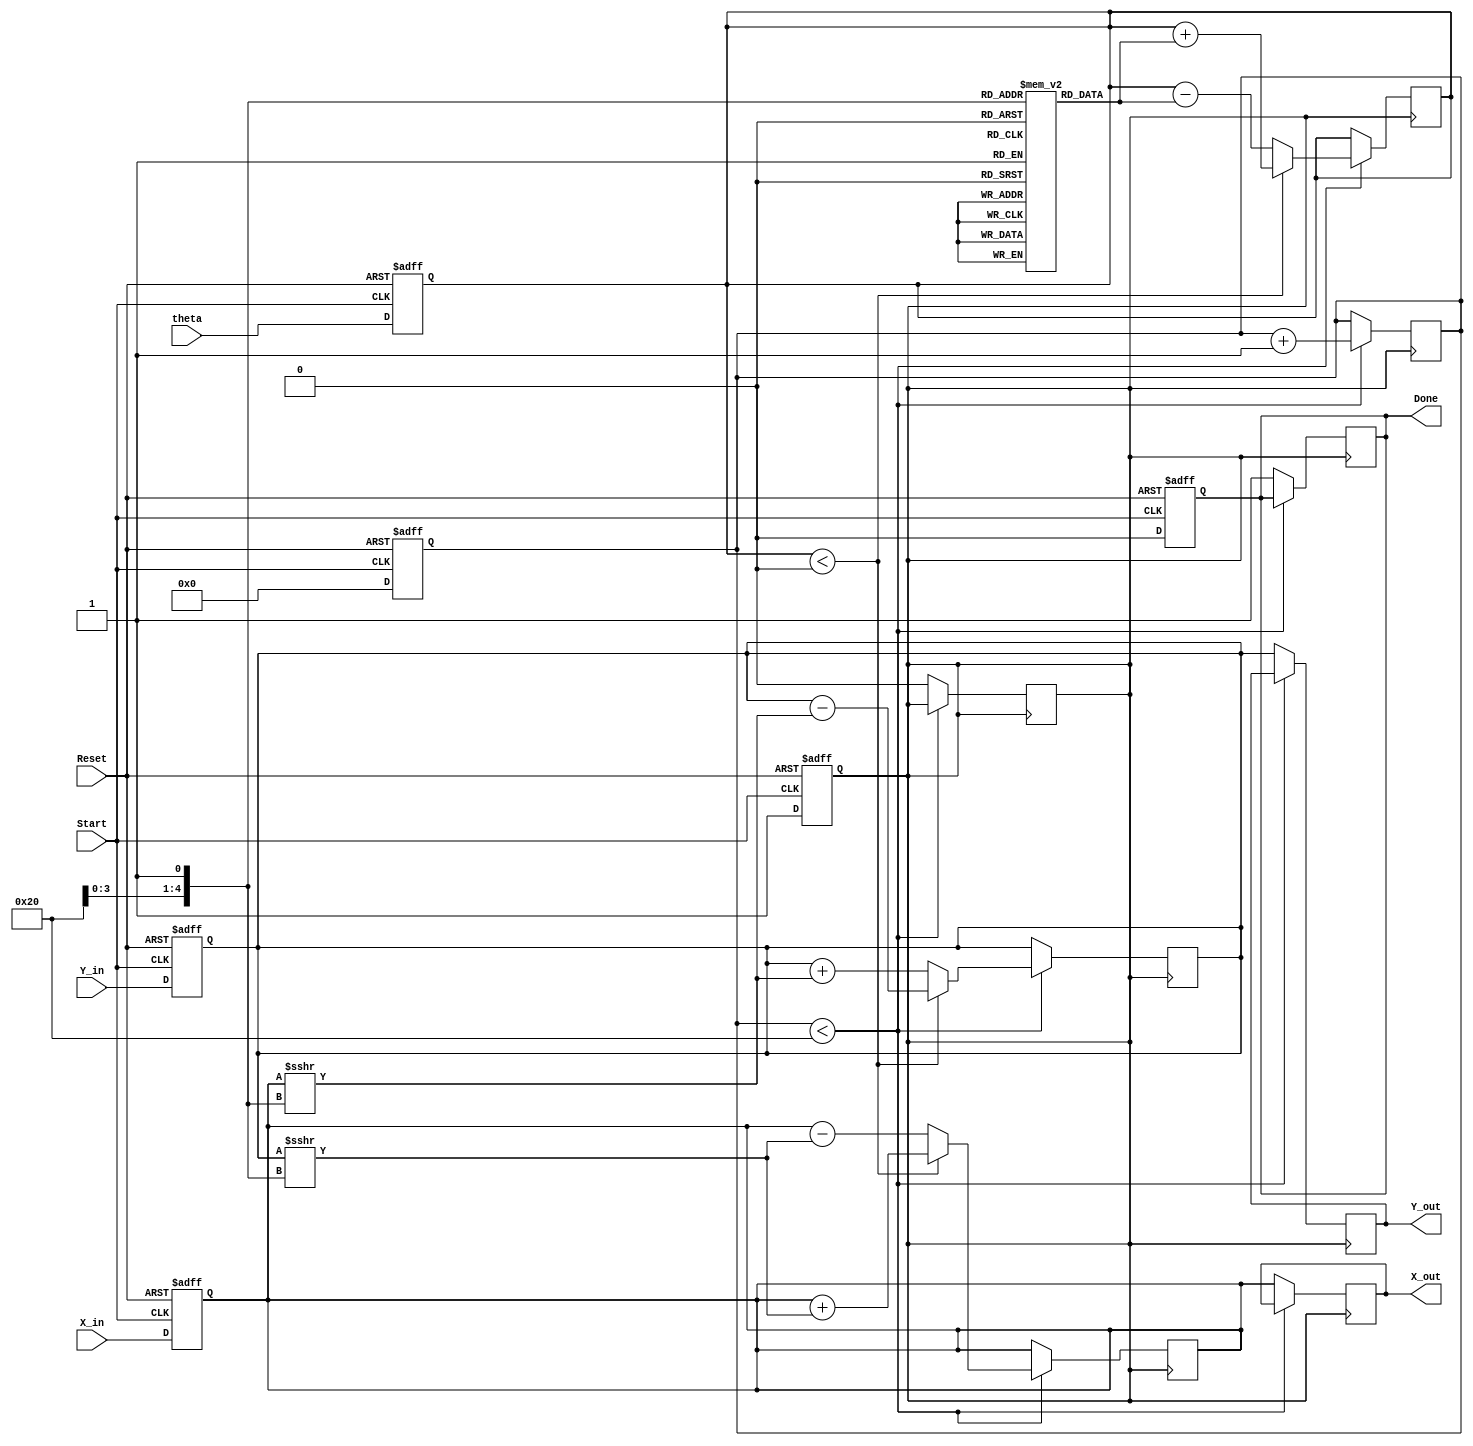
module cordic(
    input wire [31:0] theta,     // Input angle in radians (fixed-point)
    input wire signed [31:0] X_in, // Initial X-coordinate
    input wire signed [31:0] Y_in, // Initial Y-coordinate
    input wire Start,             // Control signal to initiate computation
    input wire Reset,             // Asynchronous reset signal
    output reg signed [31:0] X_out, // Final X-coordinate output
    output reg signed [31:0] Y_out, // Final Y-coordinate output
    output reg Done               // Signal indicating computation is complete
);

    // Internal registers
    reg signed [31:0] X_reg;
    reg signed [31:0] Y_reg;
    reg [31:0] Z_reg;             // Remaining angle (fixed-point)
    reg [4:0] Iteration_count;    // Counter for iterations
    reg [4:0] i;                  // Iteration index

    // Angle lookup table for arctangent values (in fixed-point)
    reg [31:0] atan_table [0:31];

    initial begin
        // Initialize angle lookup table with fixed-point values
        atan_table[0] = 32'h00000000; // atan(1/2^0)
        atan_table[1] = 32'h0000003F; // atan(1/2^1)
        atan_table[2] = 32'h00000020; // atan(1/2^2)
        atan_table[3] = 32'h00000014; // atan(1/2^3)
        atan_table[4] = 32'h0000000A; // atan(1/2^4)
        // ... (initialize other values as necessary)
        atan_table[31] = 32'h00000001; // atan(1/2^31)
    end

    reg state; // State of the computation (0: idle, 1: running)

    always @(posedge Start or posedge Reset) begin
        if (Reset) begin
            X_reg <= 0;
            Y_reg <= 0;
            Z_reg <= 0;
            Iteration_count <= 0;
            Done <= 0;
            state <= 0;
        end else if (Start) begin
            // Initialize for a new computation
            X_reg <= X_in;
            Y_reg <= Y_in;
            Z_reg <= theta;
            Iteration_count <= 0;
            Done <= 0;
            state <= 1; // Move to running state
        end
    end

    always @(posedge state) begin
        if (Iteration_count < 32) begin
            if (Z_reg < 0) begin
                // Rotate counterclockwise
                X_reg <= X_reg + (Y_reg >>> i);
                Y_reg <= Y_reg - (X_reg >>> i);
                Z_reg <= Z_reg + atan_table[i];
            end else begin
                // Rotate clockwise
                X_reg <= X_reg - (Y_reg >>> i);
                Y_reg <= Y_reg + (X_reg >>> i);
                Z_reg <= Z_reg - atan_table[i];
            end
            Iteration_count <= Iteration_count + 1;
        end else begin
            // Computation complete
            X_out <= X_reg;
            Y_out <= Y_reg;
            Done <= 1;
            state <= 0; // Reset state
        end
    end

endmodule